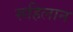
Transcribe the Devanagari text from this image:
रूहिलान